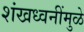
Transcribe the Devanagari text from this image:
शंखध्वनींमुळे